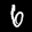
Label: 6